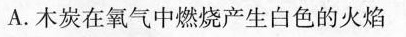
A.木炭在氧气中燃烧产生白色的火焰